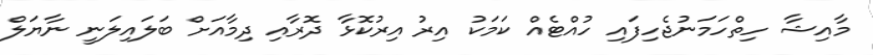
މާއިޝާ ހިތްހަމަނުޖެހިފައި ހުއްޓެއް ކަމަކު އިރު އިރުކޮޅާ ދޮރާއި ދިމާއަށް ބަލައިލަނީ ނާޔަލް